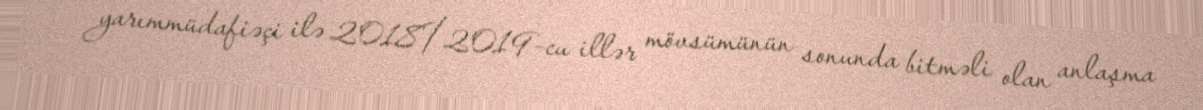
yarımmüdafiəçi ilə 2018/2019-cu illər mövsümünün sonunda bitməli olan anlaşma